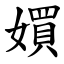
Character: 㜥